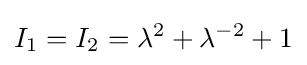
I_{1}=I_{2}=\lambda ^{2}+\lambda ^{-2}+1